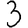
Digit: 3